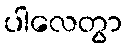
ပါလေတွာ